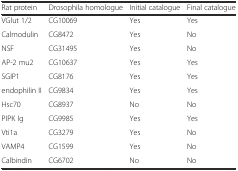
<table><thead><tr><td><b>Rat protein</b></td><td><b>Drosophila homologue</b></td><td><b>Initial catalogue</b></td><td><b>Final catalogue</b></td></tr></thead><tbody><tr><td>VGlut 1/2</td><td>CG10069</td><td>Yes</td><td>Yes</td></tr><tr><td>Calmodulin</td><td>CG8472</td><td>Yes</td><td>No</td></tr><tr><td>NSF</td><td>CG31495</td><td>Yes</td><td>No</td></tr><tr><td>AP-2 mu2</td><td>CG10637</td><td>Yes</td><td>Yes</td></tr><tr><td>SGIP1</td><td>CG8176</td><td>Yes</td><td>Yes</td></tr><tr><td>endophilin II</td><td>CG9834</td><td>Yes</td><td>Yes</td></tr><tr><td>Hsc70</td><td>CG8937</td><td>No</td><td>No</td></tr><tr><td>PIPK Ig</td><td>CG9985</td><td>Yes</td><td>Yes</td></tr><tr><td>Vti1a</td><td>CG3279</td><td>Yes</td><td>No</td></tr><tr><td>VAMP4</td><td>CG1599</td><td>Yes</td><td>No</td></tr><tr><td>Calbindin</td><td>CG6702</td><td>No</td><td>No</td></tr></tbody></table>